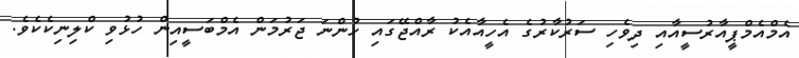
އެމްއެމްޕީއާރުސީއާއި ދިވެހި ސަރުކާރުގެ އެހީއާއެކު ރާއްޖޭގައި ހުންނަ ޖަރުމަން އެމްބަސީއިން ހުޅުވި ކްލިނިކެކެވެ.